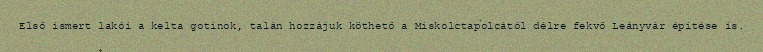
Első ismert lakói a kelta gotinok, talán hozzájuk köthető a Miskolctapolcától délre fekvő Leányvár építése is.